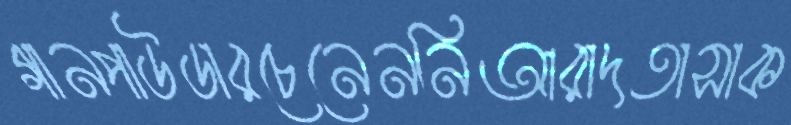
গানপাউডারচেনেননিআরাদতাসাক